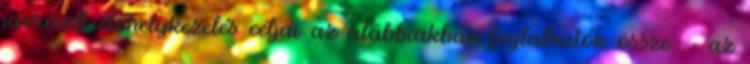
javasolt élőhelykezelés céljai az alábbiakban foglalhatók össze: - az